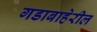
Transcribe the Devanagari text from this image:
गडाबाहेरील